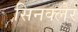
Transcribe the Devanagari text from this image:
सिनक्लेर